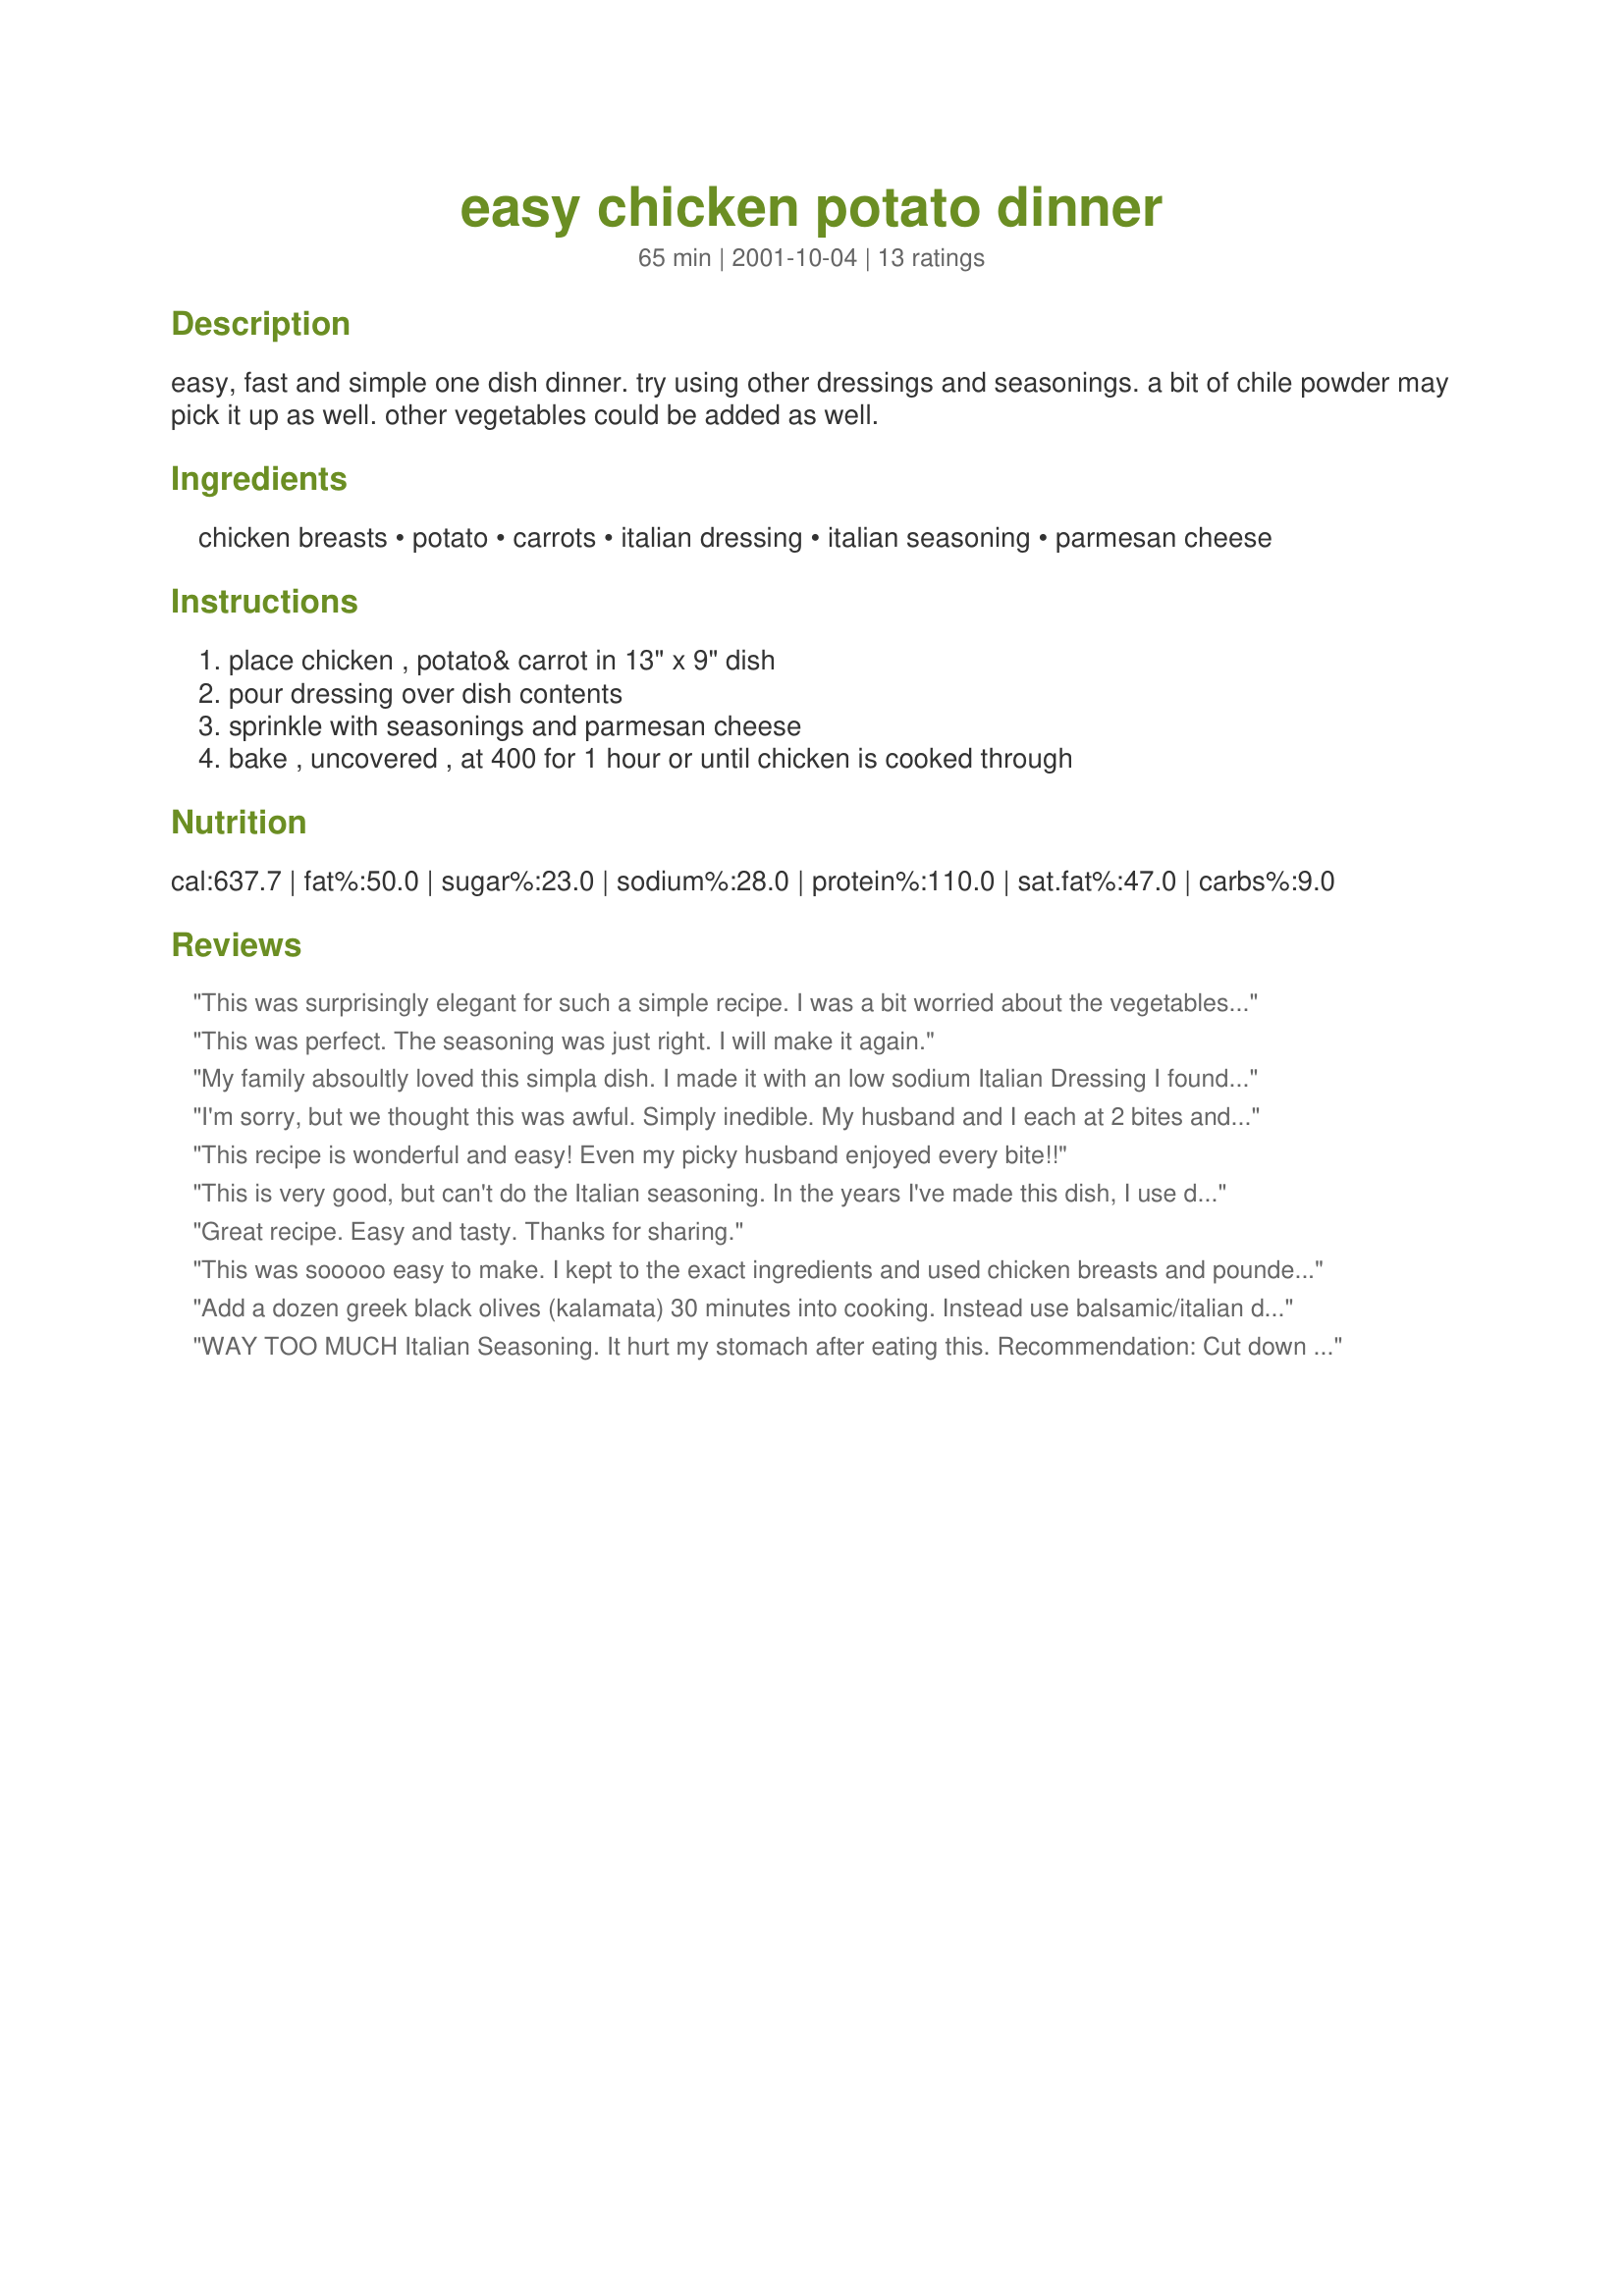
easy chicken potato dinner
Preparation time: 65 minutes

easy, fast and simple one dish dinner. try using other dressings and seasonings. a bit of chile powder may pick it up as well. other vegetables could be added as well.

Ingredients:
chicken breasts, potato, carrots, italian dressing, italian seasoning, parmesan cheese

Steps:
place chicken , potato& carrot in 13" x 9" dish, pour dressing over dish contents, sprinkle with seasonings and parmesan cheese, bake , uncovered , at 400 for 1 hour or until chicken is cooked through

Reviews:
This was surprisingly elegant for such a simple recipe. I was a bit worried about the vegetables getting dried out during cooking so I covered the pan during the first half hour. The potatoes turned out just right - moist, tender and just a bit browned.
This was perfect. The seasoning was just right. I will make it again.
My family absoultly loved this simpla dish. I made it with an low sodium Italian Dressing I found here on Recipezaar.. It was excellent. Although i did cut the Italian seasoning down due to the spices in the dressing. I would highly recommend this to anyone who needs a freshing idea.
I'm sorry, but we thought this was awful. Simply inedible. My husband and I each at 2 bites and quit! The italian dressing with italian seasoning just had a terrible flavor. I followed the instructions exactly, and I do not recommend this recipe at all.
This recipe is wonderful and easy! Even my picky husband enjoyed every bite!!
This is very good, but can't do the Italian seasoning. In the years I've made this dish, I use 
dried basil. It gives a sweet kind 
of flavor and not as over-powering.
Haven't tried the parmesan. I usually do this in my crock pot.
Great recipe. Easy and tasty. Thanks for sharing.
This was sooooo easy to make. I kept to the exact ingredients and used chicken breasts and pounded them first. The meat was tender and the potatoes and carrots were a delicious combination with the seasoning. I used oregano, basil, tarragon and marjoram.This will definately be made again and again. Thanks!
Add a dozen greek black olives (kalamata) 30 minutes into cooking.
Instead use balsamic/italian dressing, which is excellent
WAY TOO MUCH Italian Seasoning. It hurt my stomach after eating this. Recommendation: Cut down the extra Italian seasoning to 1/2 TBS or less. Otherwise a good recipie.
Very tasty and very easy. I wedged the potatoes, used baby carrots and covered all with 1/2 c zesty italian dressing. By using bone-in, skin on chicken breasts, the meat stayed moist while veggies cooked. I did bake over 1 hr at 400 but not a problem.
maybe the chicken can be covered until the last 15 mins or so. Mine turned out a little dry and chewy.
I was just going through my reviewed recipe and came upon this recipe I made, but it had no stars. I don't know what happened? but I would never review a recipe without giving stars. So since it say's initially that It was delicious, here are your well deserved stars. Sorry about this.
This was delicious! So easy to throw together, and great tasting.
Thank you will make again for sure :)
